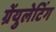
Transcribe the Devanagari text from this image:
ग्रेंयुलेटिंग